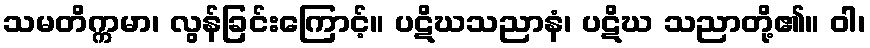
သမတိက္ကမာ၊ လွန်ခြင်းကြောင့်။ ပဋိဃသညာနံ၊ ပဋိဃ သညာတို့၏။ ဝါ၊